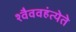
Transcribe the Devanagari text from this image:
श्वैववहंत्येते